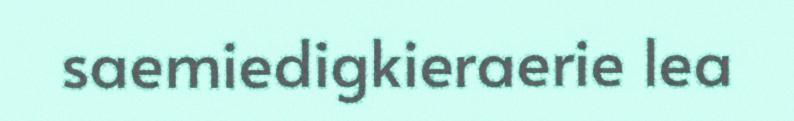
saemiedigkieraerie lea